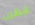
انظرن